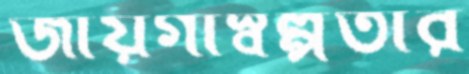
জায়গাস্বল্পতার